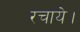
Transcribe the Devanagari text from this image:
रचाये।